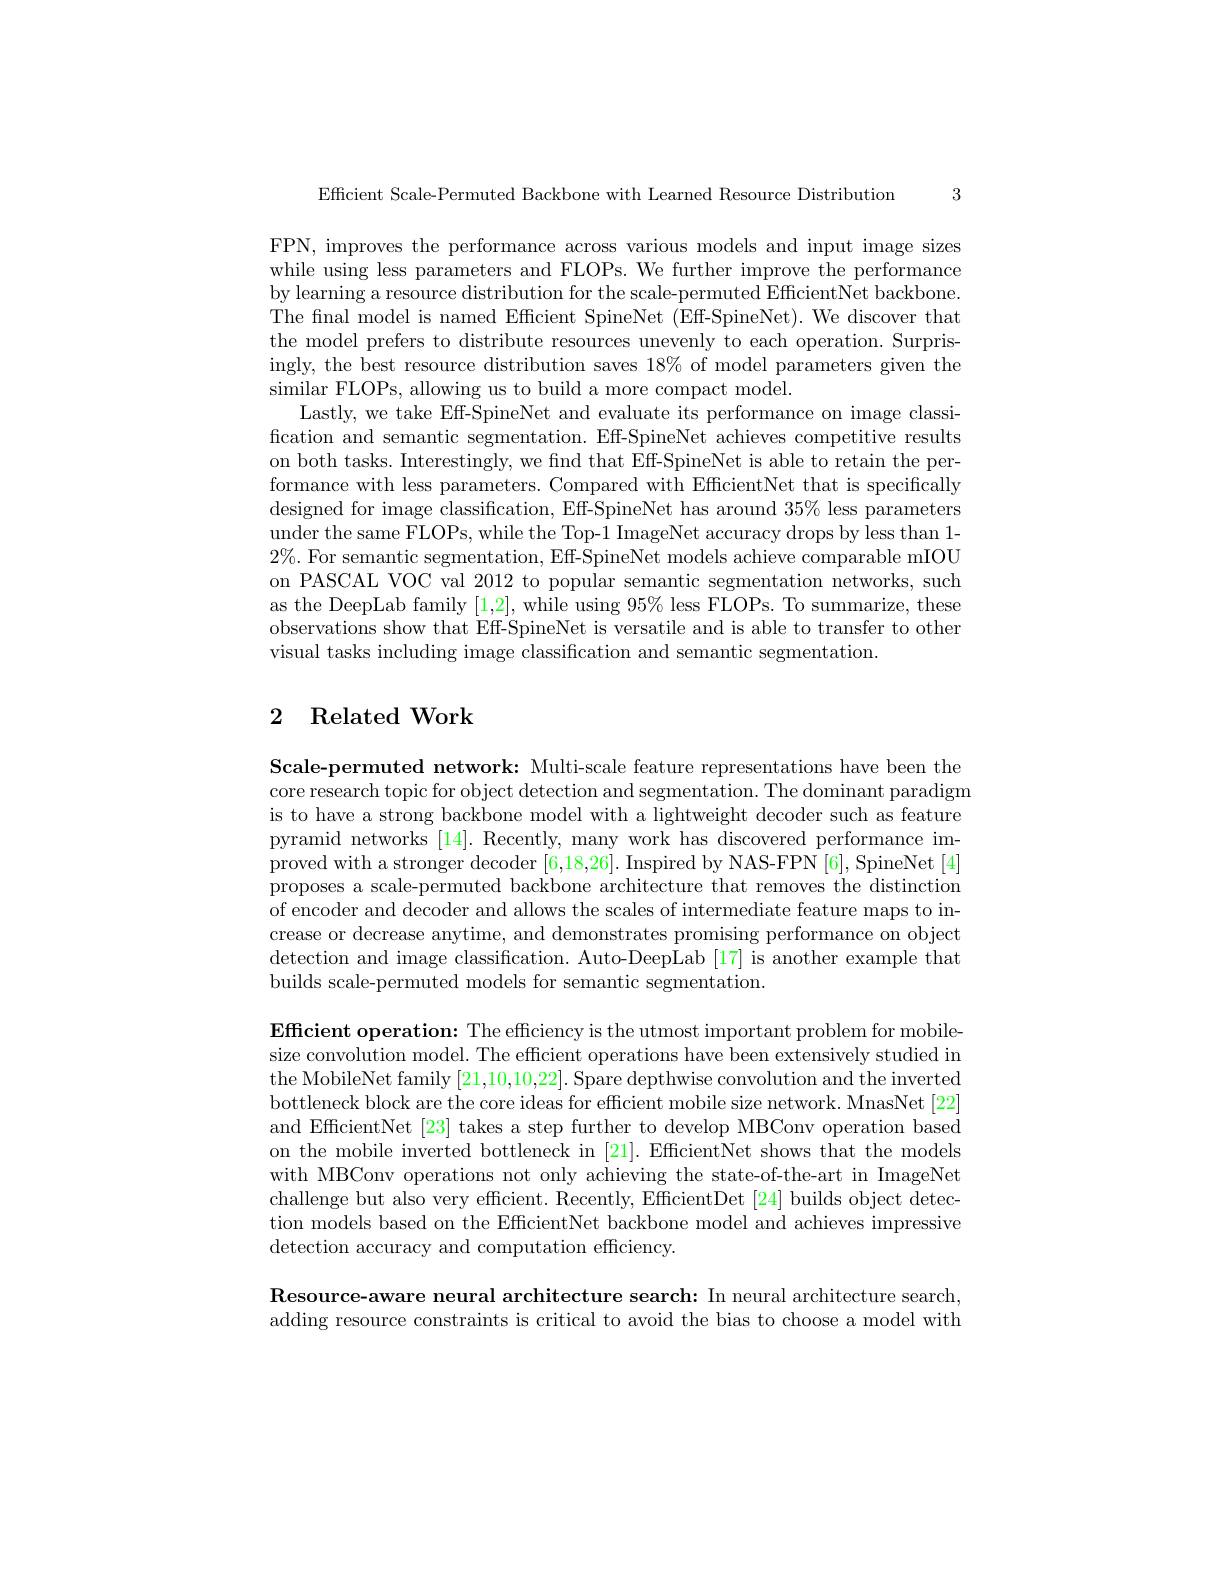
Efficient Scale-Permuted Backbone with Learned Resource Distribution 3

FPN, improves the performance across various models and input image sizes while using less parameters and FLOPs. We further improve the performance by learning a resource distribution for the scale-permuted EfficientNet backbone. The fnal model is named Efficient SpineNet (Eff-SpineNet). We discover that the model prefers to distribute resources unevenly to each operation. Surprisingly, the best resource distribution saves 18% of model parameters given the similar FLOPs, allowing us to build a more compact model.
Lastly, we take Eff-SpineNet and evaluate its performance on image classification and semantic segmentation. Eff-SpineNet achieves competitive results on both tasks. Interestingly, we find that Eff-SpineNet is able to retain the performance with less parameters. Compared with EfficientNet that is specifically designed for image classification, Eff-SpineNet has around $35\%$ less parameters under the same FLOPs, while the Top-1 ImageNet accuracy drops by less than 1- $2\%.$ For semantic segmentation, Eff-SpineNet models achieve comparable mIOU on PASCAL VOC val 2012 to popular semantic segmentation networks, such as the DeepLab family [1,2],while using 95% less FLOPs. To summarize, these observations show that Eff-SpineNet is versatile and is able to transfer to other visual tasks including image classification and semantic segmentation.

## 2 Related Work

Scale-permuted network: Multi-scale feature representations have been the core research topic for object detection and segmentation. The dominant paradigm is to have a strong backbone model with a lightweight decoder such as feature pyramid networks [14]. Recently, many work has discovered performance improved with a stronger decoder [6,18,26]. Inspired by NAS-FPN [6], SpineNet [4] proposes a scale-permuted backbone architecture that removes the distinction of encoder and decoder and allows the scales of intermediate feature maps to increase or decrease anytime, and demonstrates promising performance on object detection and image classification. Auto-DeepLab [17] is another example that builds scale-permuted models for semantic segmentation.

Efficient operation: The efficiency is the utmost important problem for mobilesize convolution model. The efficient operations have been extensively studied in the MobileNet family [21,10,10,22]. Spare depthwise convolution and the inverted bottleneck block are the core ideas for efficient mobile size network. MnasNet [22] and EfficientNet [23] takes a step further to develop MBConv operation based on the mobile inverted bottleneck in [21]. EfficientNet shows that the models with MBConv operations not only achieving the state-of-the-art in ImageNet challenge but also very efficient. Recently, EfficientDet [24] builds object detection models based on the EfficientNet backbone model and achieves impressive detection accuracy and computation efficiency.

Resource-aware neural architecture search: In neural architecture search, adding resource constraints is critical to avoid the bias to choose a model with